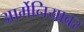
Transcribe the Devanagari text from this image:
आर्मेनियावर